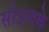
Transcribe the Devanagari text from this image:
सोउन्दके